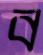
ব